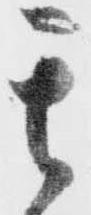
其